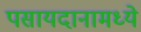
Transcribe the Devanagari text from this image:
पसायदानामध्ये